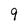
Character: 9